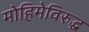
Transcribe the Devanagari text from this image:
मोहिमेविरुद्ध